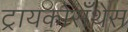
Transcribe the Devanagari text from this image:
ट्रायकोसँथेस